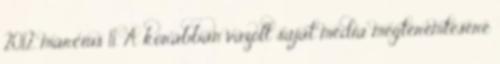
2012. március 11. A korábban vázolt saját média megteremtésére